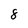
Character: 8